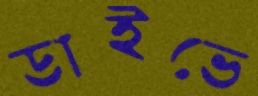
ডাইভে